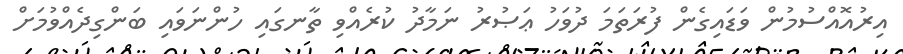
އިރުއޮއްސުމުން ވަޑައިގެން ފުރަތަމަ ދުވަހު ޢަޞުރު ނަމާދު ކުރެއްވި ތާނގައި ހުންނަވައި ބަންގިދެއްވުމަށް